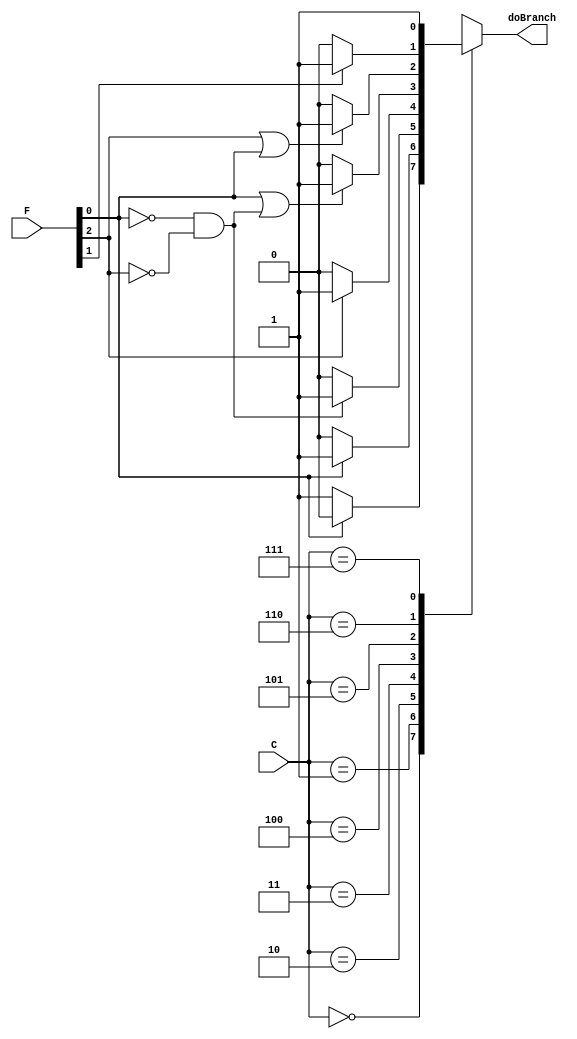
module PC_control(C, F, doBranch);

    // 3-bit condition codes (C)
    // 000	Not Equal (Z = 0)
    // 001	Equal (Z = 1)
    // 010	Greater Than (Z = N = 0)
    // 011	Less Than (N = 1) 
    // 100	Greater Than or Equal (Z = 1 or Z = N = 0)
    // 101	Less Than or Equal (N = 1 or Z = 1)
    // 110	Overflow (V = 1)
    // 111	Unconditional

    // Flags 
    // Zero (Z), Overflow (V) and Sign bit (N)

    input  [2:0]  C, F;         // Condition code, flag
    // input  [8:0]  I;            // 9-bit offset

    // PC_Control no longer outputs a PC value, just which should be selected.
    // input  [15:0] PC_in;        // Program counter in
    // output reg [15:0] PC_out;   // Program counter out

    output reg doBranch;

    // Internal
    // wire [15:0] branch_addr, PC_in_2, I_ext_shft, two_ext;
    wire Z, V, N;
    reg error;

    // Flags
    assign Z = F[0];
    assign V = F[1];
    assign N = F[2];

    // // Sign extend to 16 bit for adder input
    // assign I_ext_shft = {{6{I[8]}}, I[8:0], 1'b0};
    // assign two_ext = 16'h0002;

    // addsub_16bit add_two (.Sum(PC_in_2),     .Sub(1'b0), .Ovfl(), .A(PC_in),   .B(two_ext));
    // addsub_16bit add_I   (.Sum(branch_addr), .Sub(1'b0), .Ovfl(), .A(PC_in_2), .B(I_ext_shft));

    always @* begin
        case (C)
            3'b000: begin
                doBranch = (~Z) ? 1'b1 : 1'b0;
            end 
            3'b001: begin
                doBranch = (Z) ? 1'b1 : 1'b0;
            end 
            3'b010: begin
                doBranch = ((~Z) & (~N)) ? 1'b1 : 1'b0;
            end 
            3'b011: begin
                doBranch = (N) ? 1'b1 : 1'b0;
            end 
            3'b100: begin
                doBranch = (Z | ((~Z) & (~N))) ? 1'b1 : 1'b0;
            end 
            3'b101: begin
                doBranch = (N | Z) ? 1'b1 : 1'b0;
            end 
            3'b110: begin
                doBranch = (V) ? 1'b1 : 1'b0;
            end 
            3'b111: begin
                doBranch = 1'b1;
            end
            default: begin
                error = 1'b1;
            end
        endcase
    end

endmodule

// Original P1 PC_Control in its entirety for reference

// module PC_Control(instruction, curr_pc, new_pc, clk, rst_n, branchRegData, HLT, outPlus2PC, flags);

//   //  always #50 $monitor("Curr PC: %d, Plus2PC: %d, B_PC: %d", intermediatePC, plus2PC, B_PC);
//   input [15:0] instruction, curr_pc, branchRegData;
//   input clk, rst_n, HLT;
//   input [2:0] flags;

//   output [15:0] new_pc, outPlus2PC;

//   wire [15:0] plus2PC, B_PC, BR_PC, selectedPC, readPC;
//   wire pcError, takeBranch;
  
//   // add two to curr pc
//   addsub_16bit pcAdder(.A(curr_pc), .B(16'd2), .sub(1'b0), .Sum(plus2PC), .Ovfl(pcError));

//   // calc branch
//   branchUnit br(.instruction(instruction), .curr_pc(curr_pc), .B_PC(B_PC));
  
//   // see if branch taken or not
//   decideBranch db(.flags(flags), .condition(instruction[11:9]), .branchTaken(takeBranch));
  
//   // Decide between PC+2, B address, and BR Address 
//   //                                            B                                       BR        
//   assign selectedPC = (instruction[15:12] == 4'b1100 & takeBranch) ? B_PC : (instruction[15:12] == 4'b1101 & takeBranch) ? branchRegData : plus2PC;
//   PC_Register pc(.clk(clk), .rst(~rst_n), .D(selectedPC), .WriteReg(1'b1), .ReadEnable1(1'b1), .Bitline1(readPC));

//   assign new_pc = (HLT == 1) ? curr_pc: readPC;
//   assign outPlus2PC = plus2PC;

// endmodule